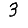
Digit: 3